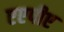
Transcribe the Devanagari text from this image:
एएपीए